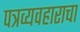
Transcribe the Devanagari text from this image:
पत्रव्यवहाराचा